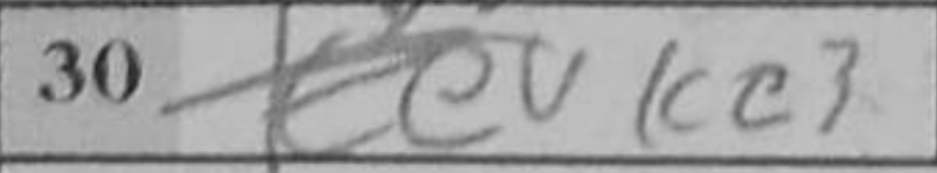
Transcription: Kc3